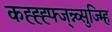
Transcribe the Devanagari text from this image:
कह्ह्ह्फ्ज्न्न्व्सुज्म्हि